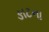
ઙાટના